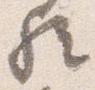
歟